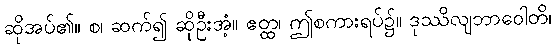
ဆိုအပ်၏။ စ၊ ဆက်၍ ဆိုဦးအံ့။ ဧတ္ထ၊ ဤစကားရပ်၌။ ဒုဿိလျဘာဝေါတိ၊